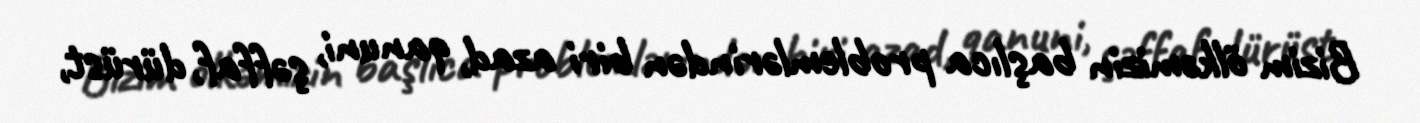
Bizim ölkəmizin başlıca problemlərindən biri azad, qanuni, şəffaf, dürüst,